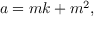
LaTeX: a = m k + m ^ { 2 } ,